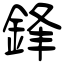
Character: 鋒